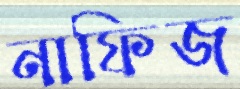
নাফিজ